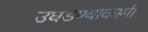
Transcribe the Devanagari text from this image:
उघडण्याकामी